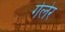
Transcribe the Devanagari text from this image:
गेलेर